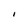
Character: I